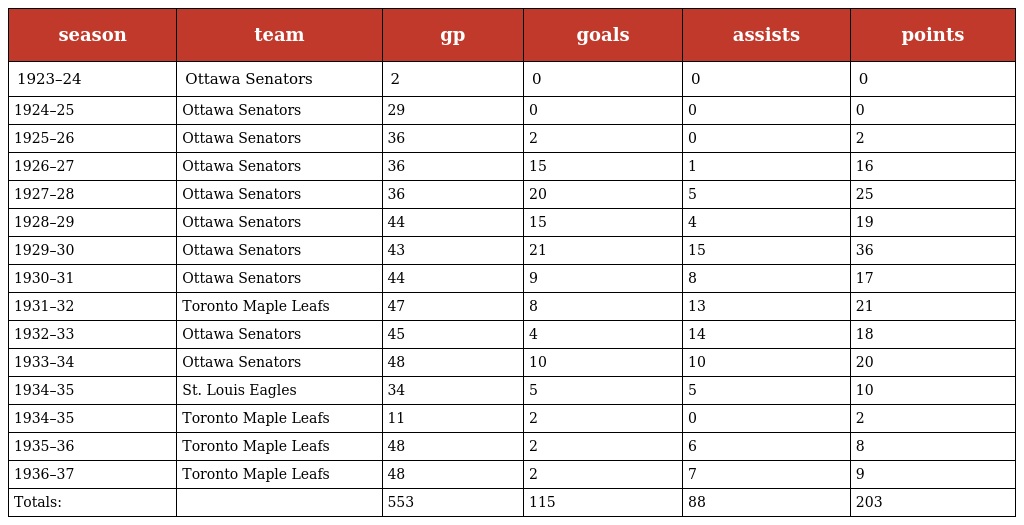
| season | team | gp | goals | assists | points |
 | --- | --- | --- | --- | --- | --- |
 | 1923–24 | Ottawa Senators | 2 | 0 | 0 | 0 |
 | 1924–25 | Ottawa Senators | 29 | 0 | 0 | 0 |
 | 1925–26 | Ottawa Senators | 36 | 2 | 0 | 2 |
 | 1926–27 | Ottawa Senators | 36 | 15 | 1 | 16 |
 | 1927–28 | Ottawa Senators | 36 | 20 | 5 | 25 |
 | 1928–29 | Ottawa Senators | 44 | 15 | 4 | 19 |
 | 1929–30 | Ottawa Senators | 43 | 21 | 15 | 36 |
 | 1930–31 | Ottawa Senators | 44 | 9 | 8 | 17 |
 | 1931–32 | Toronto Maple Leafs | 47 | 8 | 13 | 21 |
 | 1932–33 | Ottawa Senators | 45 | 4 | 14 | 18 |
 | 1933–34 | Ottawa Senators | 48 | 10 | 10 | 20 |
 | 1934–35 | St. Louis Eagles | 34 | 5 | 5 | 10 |
 | 1934–35 | Toronto Maple Leafs | 11 | 2 | 0 | 2 |
 | 1935–36 | Toronto Maple Leafs | 48 | 2 | 6 | 8 |
 | 1936–37 | Toronto Maple Leafs | 48 | 2 | 7 | 9 |
 | Totals: |  | 553 | 115 | 88 | 203 |